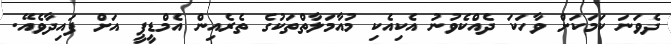
ދެވަނަ ކަމަކަށް ވާހަކަ ދެއްކެވުނު އެކިއެކި މުއާމަލާތްތަކުގެ ތެރެއިން އެމްޑީޕީ އަށް ފައިދާވެއޭ.